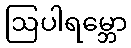
ဩပါရမ္ဘော